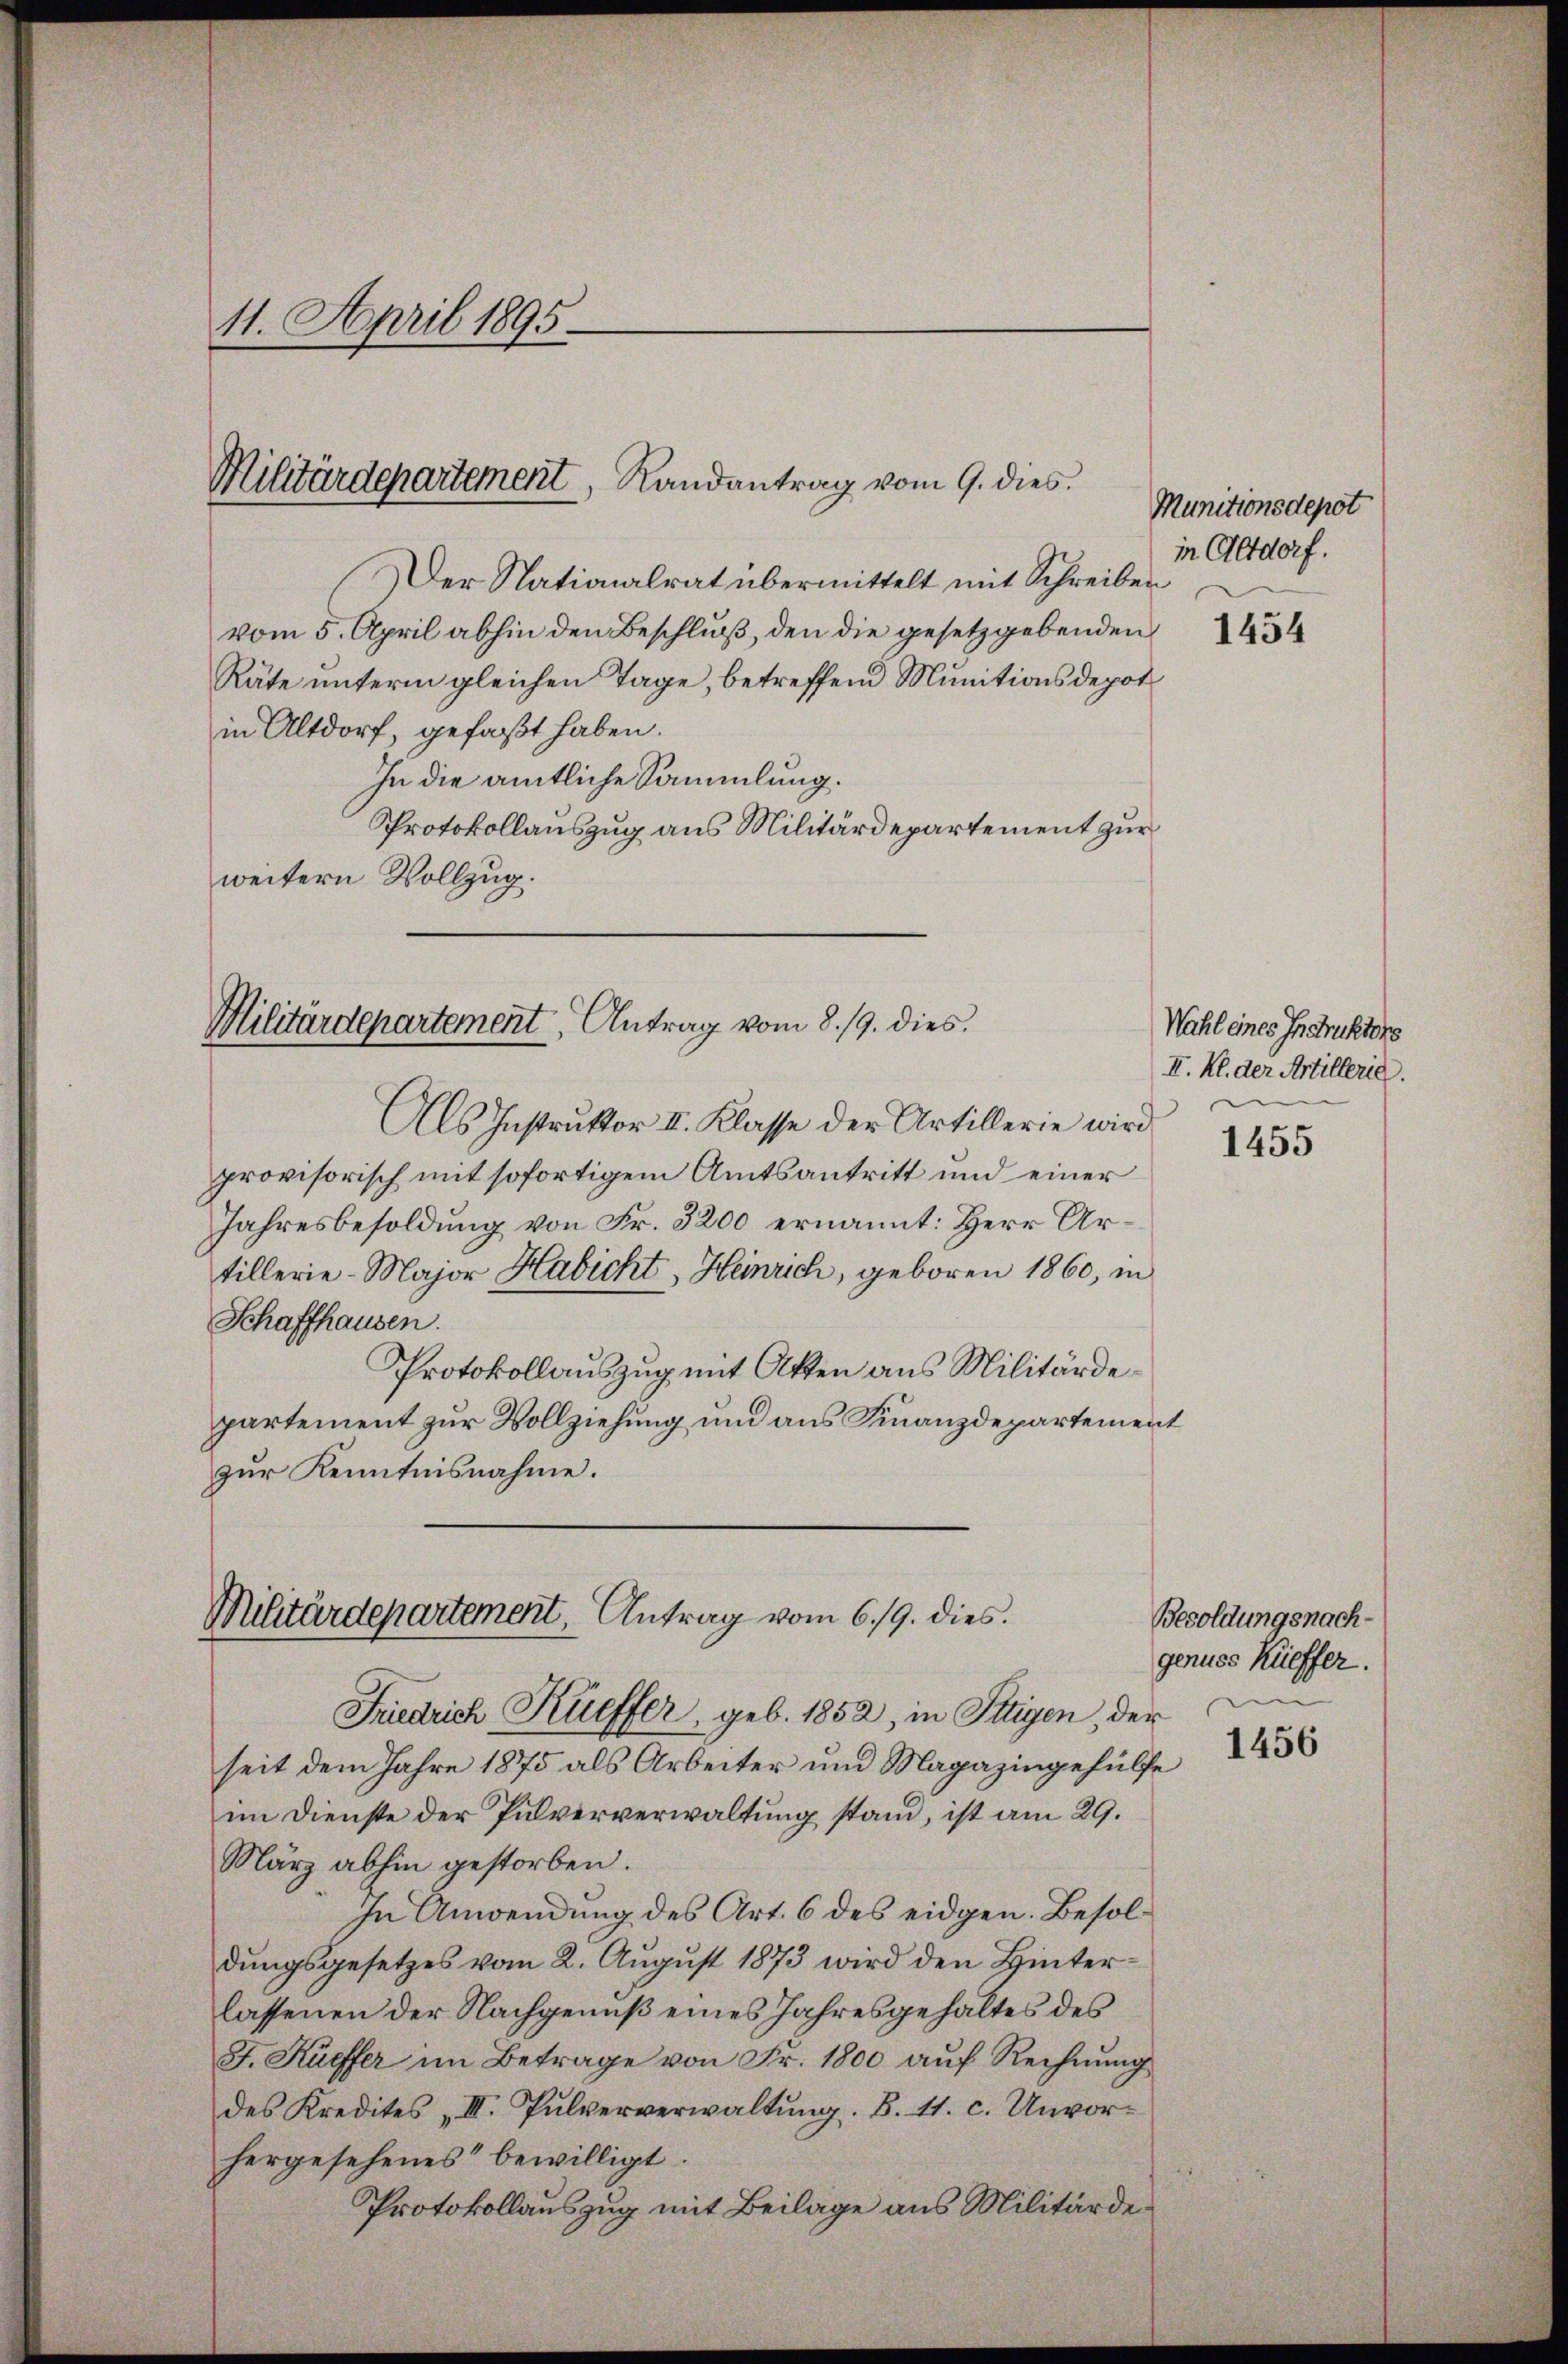
11. April 1895.

Militärdepartement, Randantrag vom 9. dies

Der Nationalrat übermittelt mit Schreiben
vom 5. April abhin den Beschlŭβ den die gesetzgebenden
Räte unterm gleichen Tage, betreffend Munitionsdepot
in Altdorf, gefaßt haben.
In die amtliche Sammlung.
Protokollauszug aus Militärdepartement zur
weitern Vollzug.
Militärdepartement, Antrag vom 8./9. dies

Militärdepartement, Antrag vom 6./9. dies
Friedrich Küeffer, geb. 1852, in Iltigen, der

Als Instrŭktor II. Klasse der Artillerie wird
provisorisch mit sofortigem Amtsantritt und einer
Jahresbesoldung von Fr. 3200 ernannt: Herr Artillerie-Major Habicht, Heinrich, geboren 1860, in
Schaffhausen.
Protokollauszug mit Akten aus Militärdepartement zur Vollziehung und aus Finanzdepartement
zur Kenntnisnahme.

seit dem Jahre 1875 als Arbeiter und Magazingehülfe
im Dienste der Pulververwaltung stand, ist am 29.
März abhin gestorben.
In Anwendung des Art. 6 des eidgen. Besoldungsgesetzes vom 2. August 1873 wird den Hinterlassenen der Nachgenuß eines Jahresgehaltes des
J. Kaiffer im Betrage von Fr. 1800 auf Rechnung
des Kredites „III. Pulververwaltŭng. B. 41. c. Unvor-
hergesehenes“ bewilligt.
Protokollauszug mit Beilage aus Militärde¬

Munitionsdepot
in Altdorf.

Wahl eines Instruktors
II. Kl. der Artillerie.

1455

Besoldungsnach-
genues Küeffer.
1456